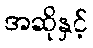
အဆိုနှင့်